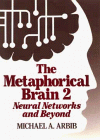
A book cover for The Metaphorical Brain 2: Neural Networks and Beyond; Michael A. Arbib; Computers & Technology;